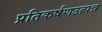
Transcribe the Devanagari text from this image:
प्रतिकर्षणउत्पन्न